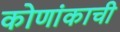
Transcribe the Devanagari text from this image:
कोणांकाची